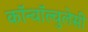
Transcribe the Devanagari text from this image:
कॉन्वॉल्वुलेसी